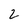
Character: 2